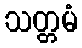
သတ္တမံ